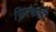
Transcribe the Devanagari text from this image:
सिरकली